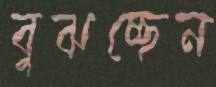
বুঝচ্ছেন